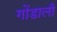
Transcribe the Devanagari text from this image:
गोंडाली